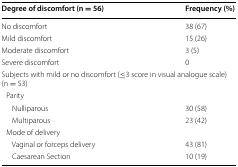
<table><thead><tr><td><b>Degree of discomfort (n = 56)</b></td><td><b>Frequency (%)</b></td></tr></thead><tbody><tr><td>No discomfort</td><td>38 (67)</td></tr><tr><td>Mild discomfort</td><td>15 (26)</td></tr><tr><td>Moderate discomfort</td><td>3 (5)</td></tr><tr><td>Severe discomfort</td><td>0</td></tr><tr><td colspan="2">Subjects with mild or no discomfort (≤3 score in visual analogue scale)(n = 53)</td></tr><tr><td colspan="2"> Parity</td></tr><tr><td>Nulliparous</td><td>30 (58)</td></tr><tr><td>Multiparous</td><td>23 (42)</td></tr><tr><td colspan="2"> Mode of delivery</td></tr><tr><td>Vaginal or forceps delivery</td><td>43 (81)</td></tr><tr><td>Caesarean Section</td><td>10 (19)</td></tr></tbody></table>